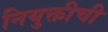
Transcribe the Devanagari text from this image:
नियुक्तीची